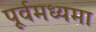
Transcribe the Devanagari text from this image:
पूर्वमध्यमा